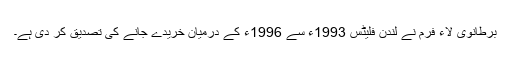
برطانوی لاء فرم نے لندن فلیٹس 1993ء سے 1996ء کے درمیان خریدے جانے کی تصدیق کر دی ہے۔